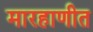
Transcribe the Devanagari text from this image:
मारहाणीत